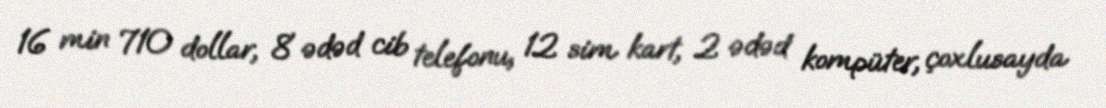
16 min 710 dollar, 8 ədəd cib telefonu, 12 sim kart, 2 ədəd kompüter, çoxlusayda